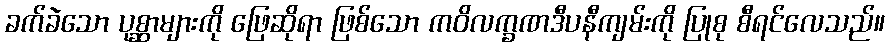
ခက်ခဲသော ပုစ္ဆာများကို ဖြေဆိုရာ ဖြစ်သော ကဝိလက္ခဏဒီပနီကျမ်းကို ပြုစု စီရင်လေသည်။